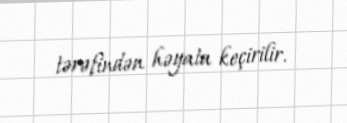
tərəfindən həyata keçirilir.